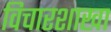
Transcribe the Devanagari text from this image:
विचारशाखा